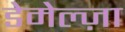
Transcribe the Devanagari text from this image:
डेमेल्ज़ा